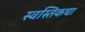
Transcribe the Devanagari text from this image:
स्वस्तिकचा